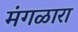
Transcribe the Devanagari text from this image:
मंगळारा